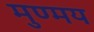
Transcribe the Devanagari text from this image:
मुण्मय